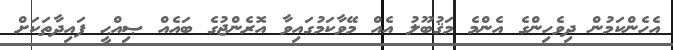
އެހެންކަމުން ދިވެހިންގެ އެންމެ މަޤުބޫލު އެއް މޭވާކަމުގައިވާ އޮރެންޖުގެ ބައެއް ޞިއްޙީ ފައިދާތަކަށް